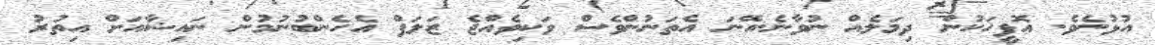
އުޅުނެވެ. އޮފީހަކުން ދިމަލެއް ނުވާނެ.އޭނަ އެތަނުންވެސް ވަކިވެއްޖެ ޒަލަފް އެހެންބުނުމުން ނައިޝާއަށް އިތުރު